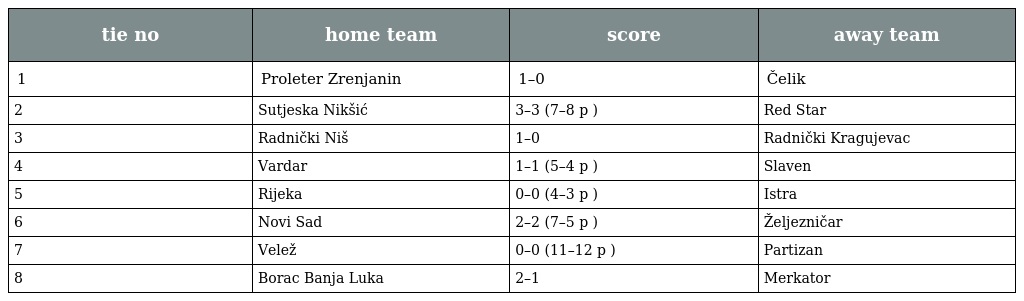
| tie no | home team | score | away team |
 | --- | --- | --- | --- |
 | 1 | Proleter Zrenjanin | 1–0 | Čelik |
 | 2 | Sutjeska Nikšić | 3–3 (7–8 p ) | Red Star |
 | 3 | Radnički Niš | 1–0 | Radnički Kragujevac |
 | 4 | Vardar | 1–1 (5–4 p ) | Slaven |
 | 5 | Rijeka | 0–0 (4–3 p ) | Istra |
 | 6 | Novi Sad | 2–2 (7–5 p ) | Željezničar |
 | 7 | Velež | 0–0 (11–12 p ) | Partizan |
 | 8 | Borac Banja Luka | 2–1 | Merkator |